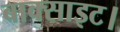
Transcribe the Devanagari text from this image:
बाक्साइट।